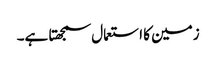
زمین کا استعمال سمجھتا ہے۔